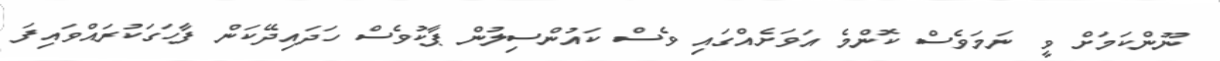
ނޫންކަމަށް ވީ ނަމަވެސް ކޮންމެ އަވަށެއްގައި ވެސް ކައުންސިލުން ޕާކުވެސް ހަދައިދޭކަން ފާހަގަކުރައްވައިފަ